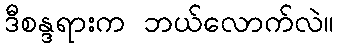
ဒီစန္ဒရားက ဘယ်လောက်လဲ။